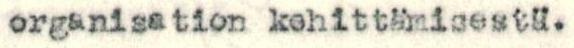
organisation kehittämisestä.